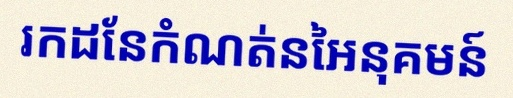
រកដែនកំណត់នៃអនុគមន៍